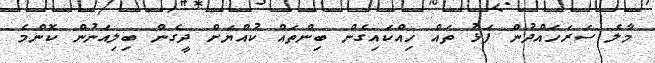
މާލެ ސަރަހައްދުން ފަޅު ތައް ހިއްކައިގެން ބިންތައް ކުއްޔަށް ދީގެން ބިލިއަނުން ކޮންމެ